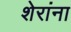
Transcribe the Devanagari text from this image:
शेरांना